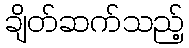
ချိတ်ဆက်သည့်